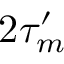
2 \tau _ { m } ^ { \prime }